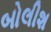
બોલીશ